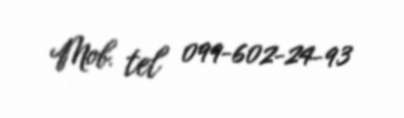
Mob. tel 099-602-24-93